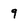
Character: 9